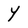
Character: Y